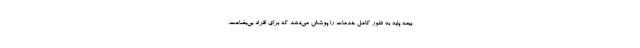
بیمه پایه به طور کامل خدمات را پوشش می‌دهد که برای افراد بی‌بضاعت،